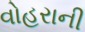
વોહરાની